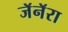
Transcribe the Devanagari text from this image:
जॅनॅरा